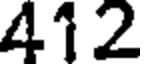
412